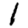
Digit: 1